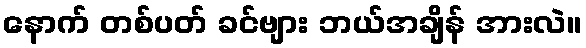
နောက် တစ်ပတ် ခင်ဗျား ဘယ်အချိန် အားလဲ။